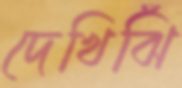
দেখিঝিঁ